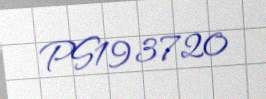
PS193720